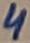
Text: 4